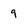
Character: 9